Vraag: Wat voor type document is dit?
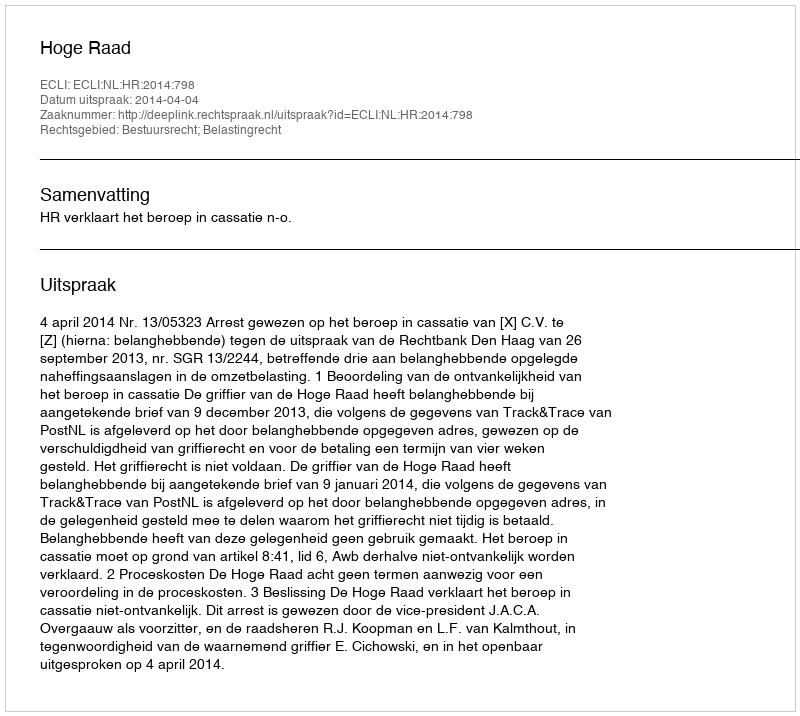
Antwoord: Uitspraak